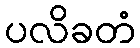
ပလိခတံ